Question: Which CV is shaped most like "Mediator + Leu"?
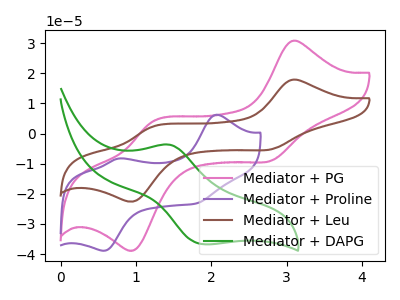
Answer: <think>The pink curve "Mediator + PG" has anodic peaks at (3.05V, 30.70uA) (1.25V, 4.05uA) and cathodic peaks at (2.80V, -9.05uA) (1.00V, -38.65uA). The purple curve "Mediator + Proline" has anodic peaks at (2.05V, 6.25uA) (0.75V, -8.30uA) and cathodic peaks at (0.60V, -38.90uA) (1.80V, -23.20uA). The brown curve "Mediator + Leu" has anodic peaks at (3.05V, 17.85uA) (1.25V, 2.35uA) and cathodic peaks at (2.80V, -5.25uA) (1.00V, -22.45uA). The green curve "Mediator + DAPG" has an anodic peak at (1.45V, -3.70uA) and a cathodic peak at (1.90V, -36.75uA).
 "Mediator + PG" and "Mediator + Proline" have at least one peak that do not match. All the peaks in "Mediator + PG" have a peak in "Mediator + Leu" at the same potential. Every peak in "Mediator + PG" is higher than every peak in "Mediator + Leu". "Mediator + PG" and "Mediator + DAPG" have a different number of peaks. "Mediator + Proline" and "Mediator + Leu" have at least one peak that do not match. "Mediator + Proline" and "Mediator + DAPG" have a different number of peaks. "Mediator + Leu" and "Mediator + DAPG" have a different number of peaks.</think>
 <answer>The CV with the most similar shape to "Mediator + PG" is "Mediator + Leu".</answer>
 <eval>"Mediator + Leu"</eval>